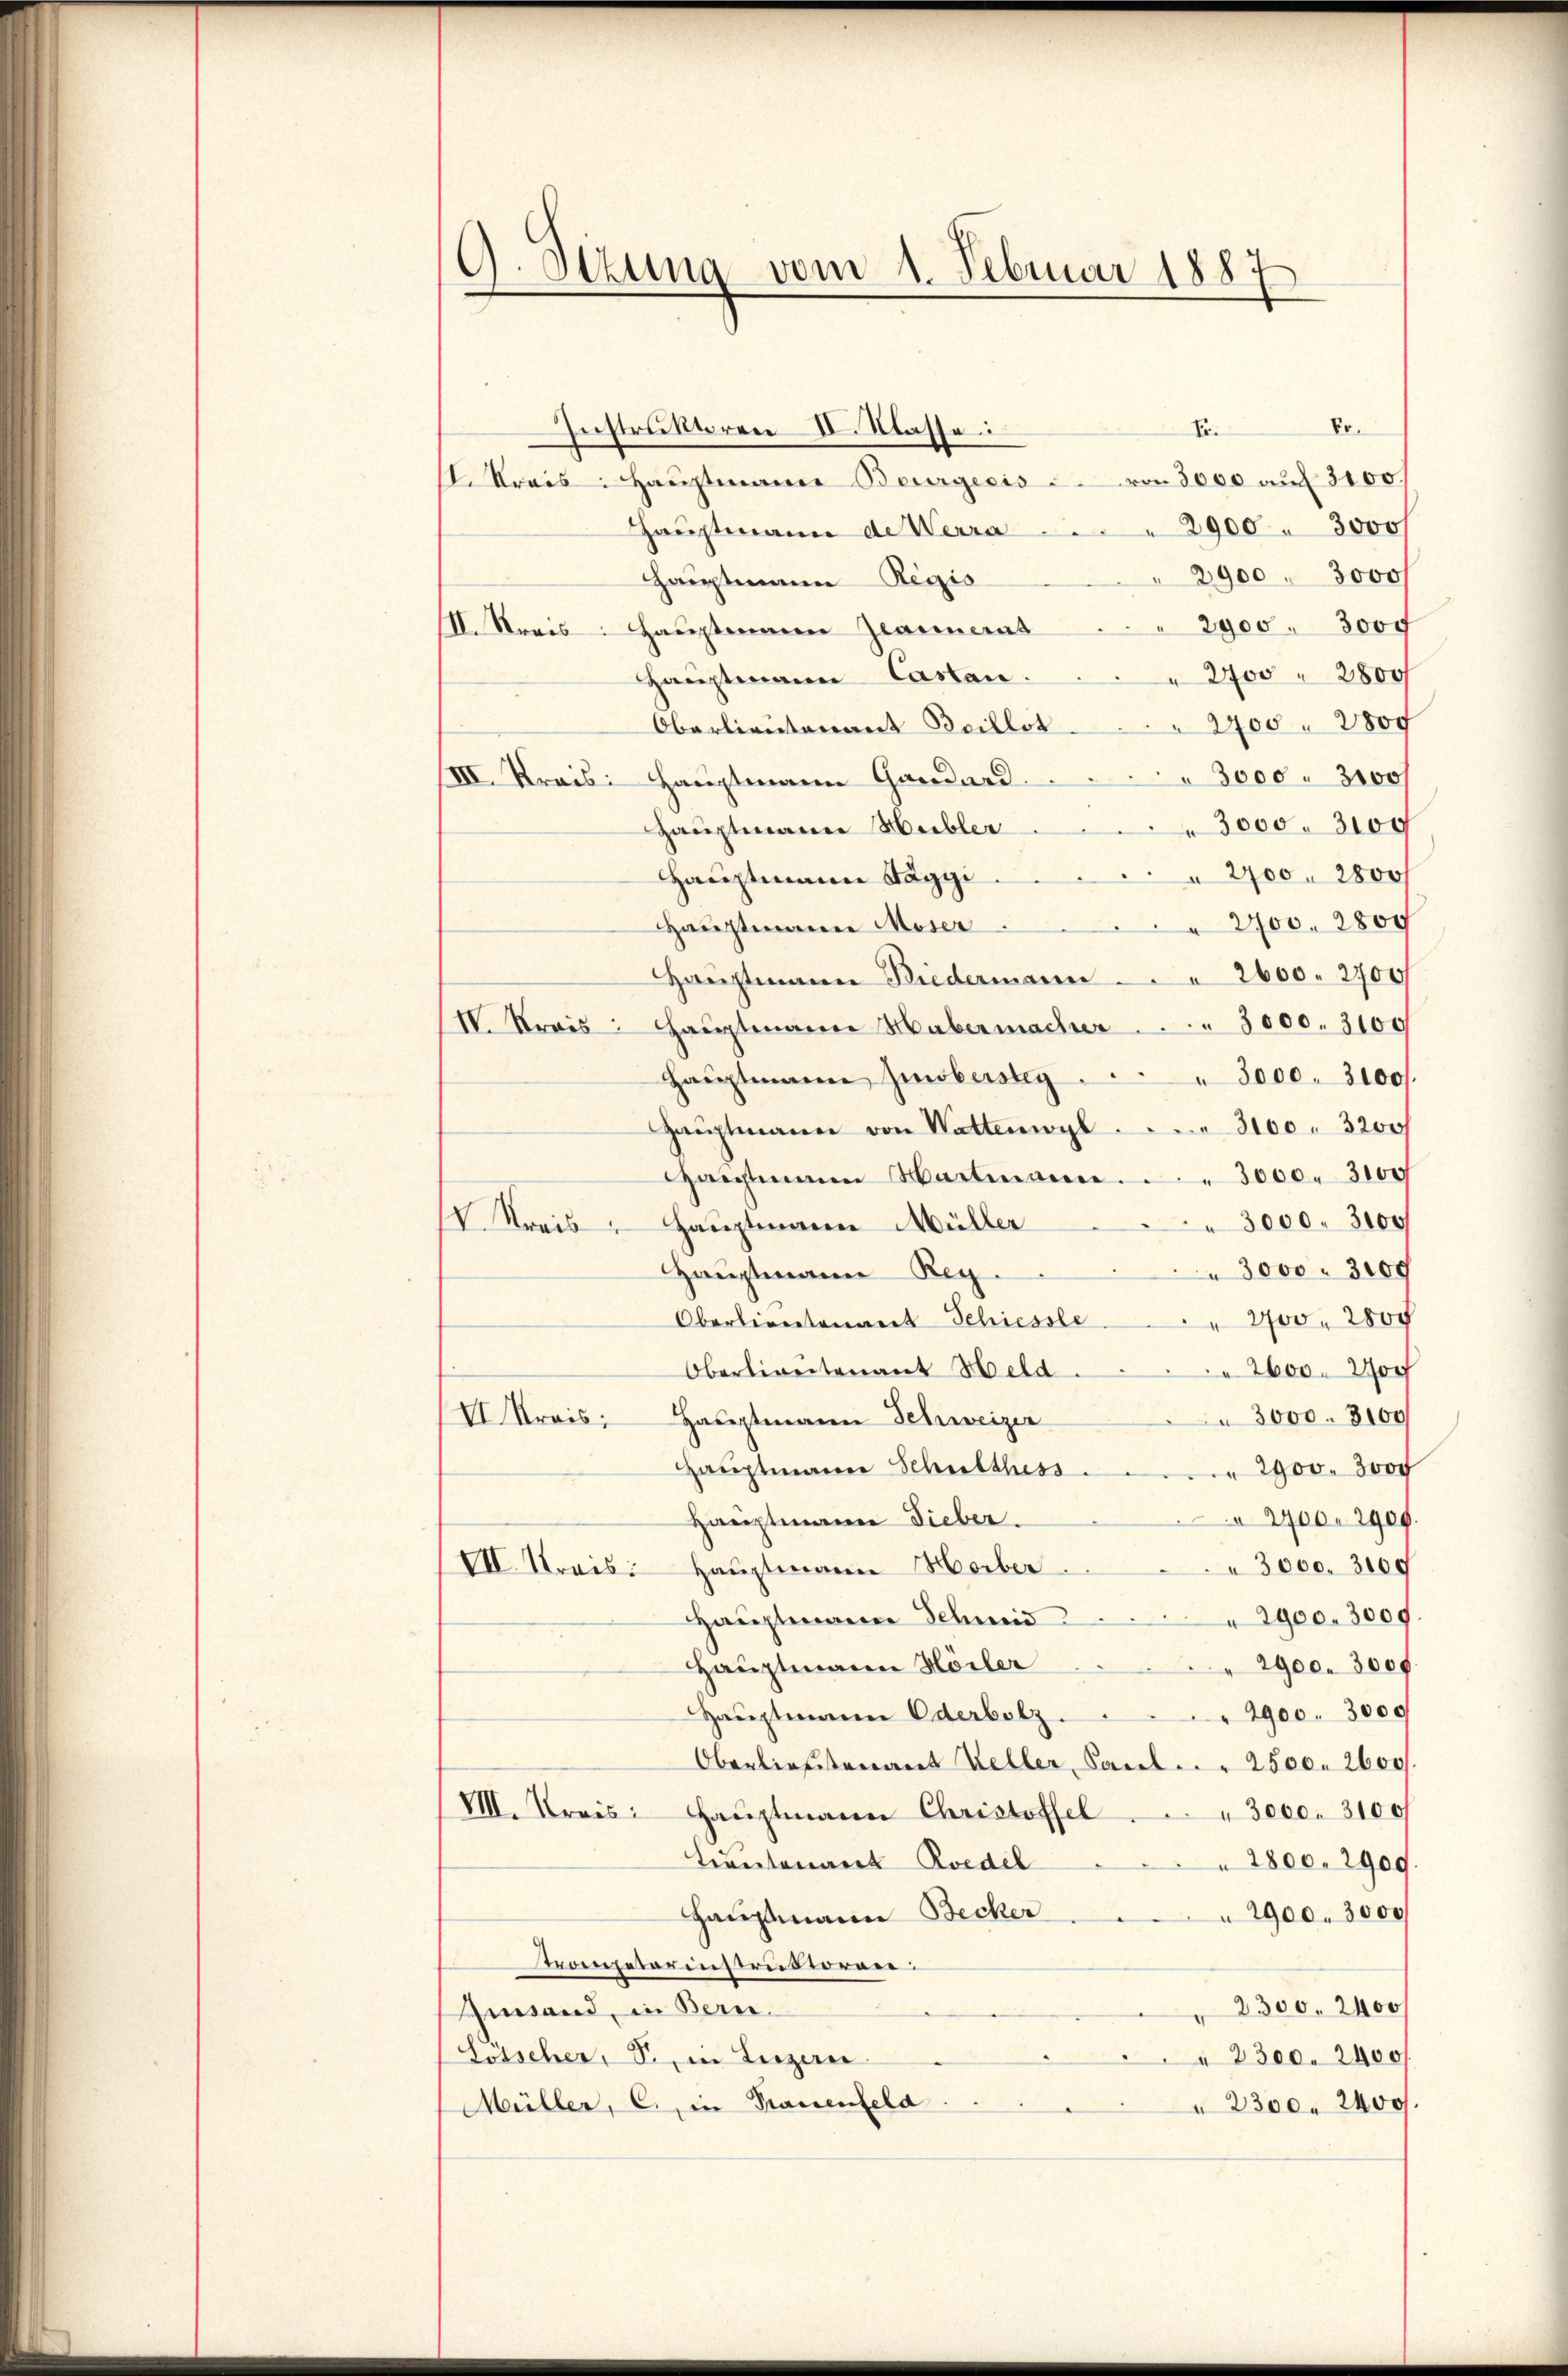
G. Stuna vom 1. Februar 1887

Er.
Instruktoren II. Klasse:
Fr.
II. Kreis: Haŭptmann Beurgecis u. von 3000 auf 3100.
2900. 3000f
Hauptmann de Werra
2900. 3000
Hauptmann Regis
2900. 300f
III. Kreis: Hauptmann Zimment
2700 2800
Hauptmann Castan
2400. 2800
Oberlieutenant Beillot
3000. 3100
III. Kreis: Hauptmann Gandard.
 3000. 3100
Hauptmann Hubler
 2900. 2800
Hauptmann Saggi
2700. 2800
Hauptmann Moser.
Hauptmann Biedermann 2600. 2700
IV. Kreis: Haŭptmann Habermacher  ..  ..  ..  3000. 3100
Hauptmann Zinobersteg
 3000. 3100/.
3100. 3200/
Hauptmann von Wattenwyl
Hausmann Wartmann 3000. 3100
3000. 3100
IV. Kreis: Hauptmann Müller
 3000. 3000
Hauptmann Reg.
2700 Woc
Oberliertenant Schiessle
2600 Woc
Oberlireitenant Held
3000. 8100
VI. Kreis: Hauptmann Schweizer
Hauptmann Schulthess
2900. 3000
2900. 2900.
Hauptmann Lieber.
3000. 3100
VII. Kreis: Hauptmann Horber
2900. 3000.
Hauptmann Schmid
Hauptmann Hörler
2900. 3000
2900. 3000
Hauptmann Oderbotz.
Oberliefstenant Keller, Saul  .. . 2500. 2600.
VIII. Kreis: Hauptmann Christoffel
u 3000. 3100/
Trautenant Roedel
 2800. 2909.
2900. 3000
Hauptmann Becker
Aeompeterinstrusioren:
2300. 2400/
Giand, in Bern.
Lötscher, S. in Luzern
2300. 2400/
Müller, C. in Trauenfeld.
 2300. 2400